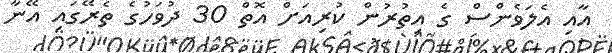
އާއި އެލަވެންސް ގެ އިތުރުން ކުރިއަށް އޮތް 30 ދުވަހުގެ ތެރޭގައި އޭނާ